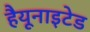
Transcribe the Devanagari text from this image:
हैयूनाइटेड